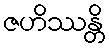
ဇဟိဿန္တိ